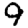
Digit: 9